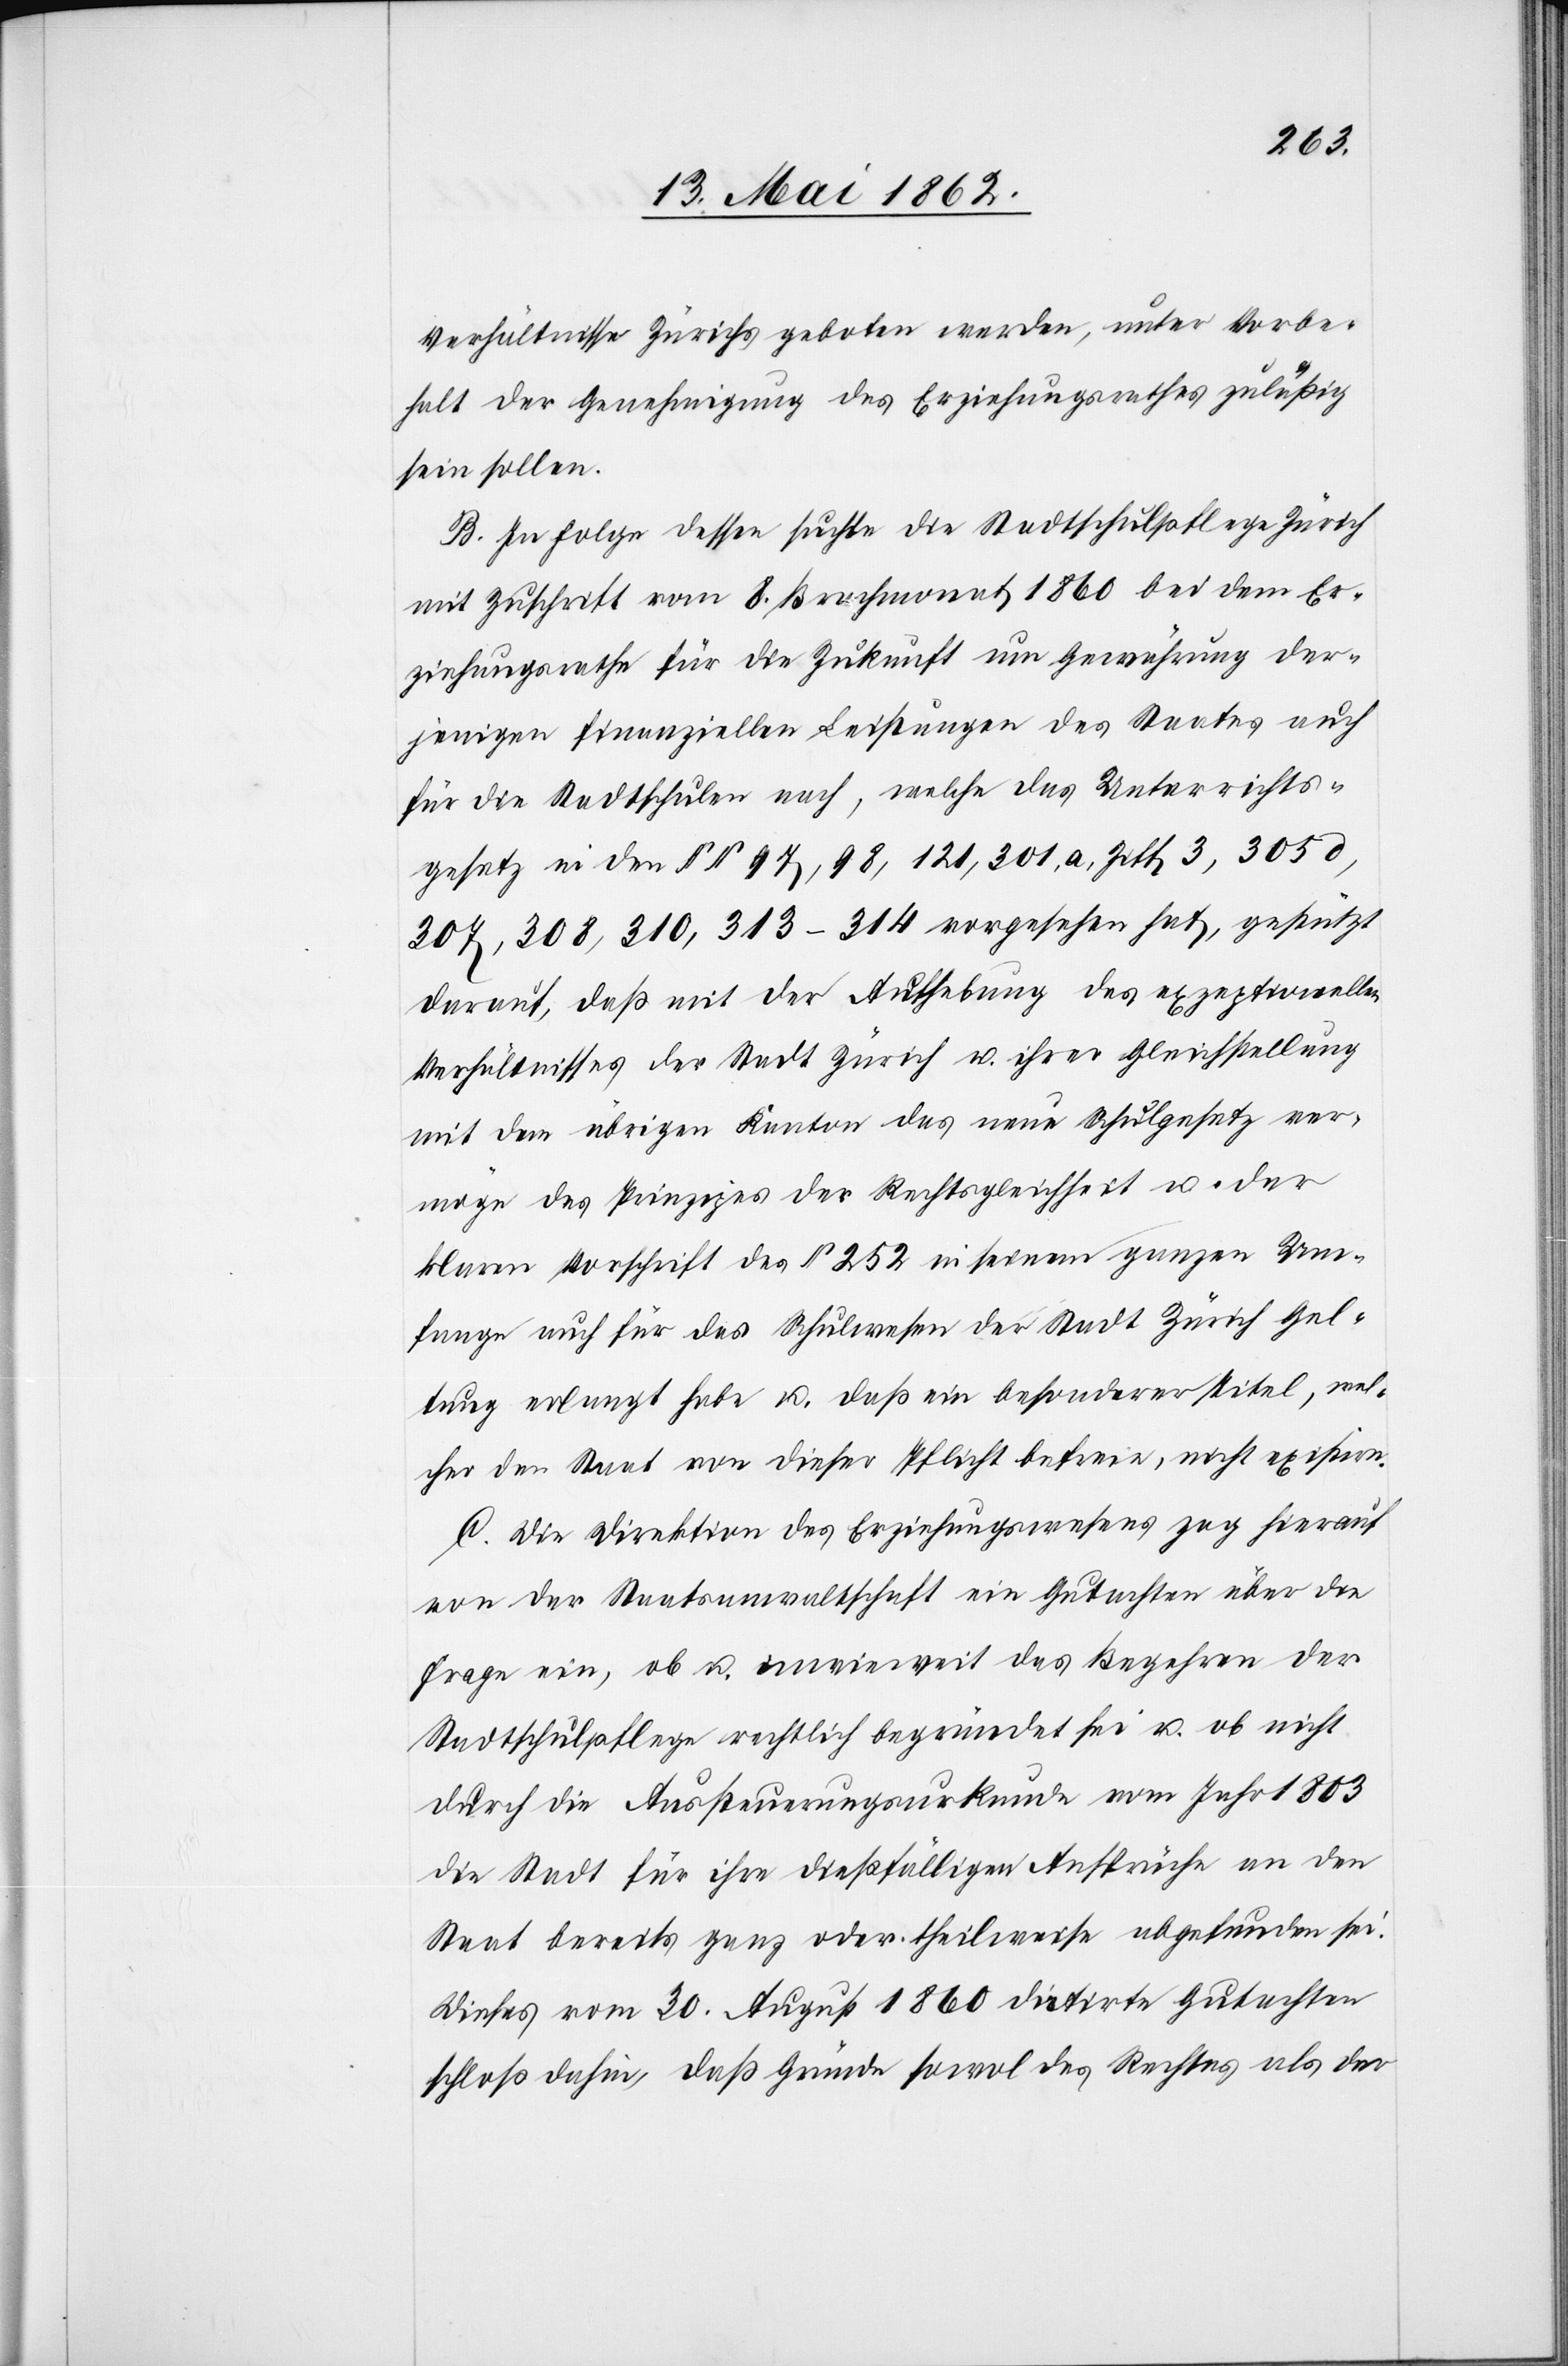
Verhältnisse Zürichs geboten werden, unter Vorbe¬
halt der Genehmigung des Erziehungsrathes zuläßig
sein sollten.
B. In Folge dessen suchte die Stadtschulpflege Zürich
mit Zuschrift vom 8. Brachmonat 1860 bei dem Er¬
ziehungsrathe für die Zukunft um Gewährung der¬
jenigen finanziellen Leistungen des Staates auch
für die Stadtschulen nach, welche das Unterrichts¬
gesetz in den §§ 97, 98, 121, 301 a Ziff 3, 305 d,
307, 308, 310, 313–314 vorgesehen hat, gestützt
darauf, daß mit der Aufhebung des exzeptionellen
Verhältnisses der Stadt Zürich u. ihrer Gleichstellung
mit dem übrigen Kanton das neue Schulgesetz ver¬
möge des Prinzipes der Rechtsgleichheit u. der
klaren Vorschrift des § 252 in seinem ganzen Um¬
fange auch für das Schulwesen der Stadt Zürich Gel¬
tung erlangt habe u. daß ein besonderer Titel, wel¬
cher dem Staat von dieser Pflicht befreie, nicht existire.
C. Die Direktion des Erziehungswesens zog hierauf
von der Staatsanwaltschaft ein Gutachten über die
Frage ein, ob u. inwieweit das Begehren der
Stadtschulpflege rechtlich begründet sei u. ob nicht
durch die Aussteuerungsurkunde vom Jahr 1803
die Stadt für ihre dießfälligen Ansprüche an den
Staat bereits ganz oder theilweise abgefunden sei.
Dieses vom 30. August 1860 datirte Gutachten
schloß dahin, daß Gründe sowol des Rechtes als der